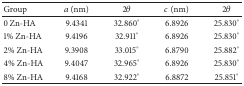
<table><thead><tr><td><b>Group</b></td><td><b><i>a</i> (nm)</b></td><td><b>2<i>θ</i></b></td><td><b><i>c</i> (nm)</b></td><td><b>2<i>θ</i></b></td></tr></thead><tbody><tr><td>0 Zn-HA</td><td>9.4341</td><td>32.860°</td><td>6.8926</td><td>25.830°</td></tr><tr><td>1% Zn-HA</td><td>9.4196</td><td>32.911°</td><td>6.8926</td><td>25.830°</td></tr><tr><td>2% Zn-HA</td><td>9.3908</td><td>33.015°</td><td>6.8790</td><td>25.882°</td></tr><tr><td>4% Zn-HA</td><td>9.4047</td><td>32.965°</td><td>6.8926</td><td>25.830°</td></tr><tr><td>8% Zn-HA</td><td>9.4168</td><td>32.922°</td><td>6.8872</td><td>25.851°</td></tr></tbody></table>